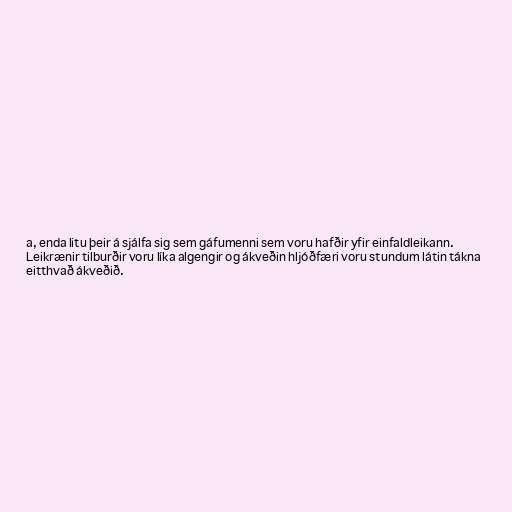
a, enda litu þeir á sjálfa sig sem gáfumenni sem voru hafðir yfir einfaldleikann.
Leikrænir tilburðir voru líka algengir og ákveðin hljóðfæri voru stundum látin tákna
eitthvað ákveðið.